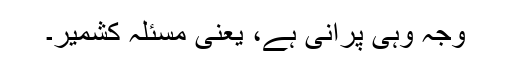
وجہ وہی پرانی ہے، یعنی مسئلہ کشمیر۔